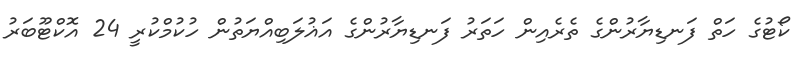
ކޯޓުގެ ހަތް ފަނޑިޔާރުންގެ ތެރެއިން ހަތަރު ފަނޑިޔާރުންގެ އަޣުލަބިއްޔަތުން ހުކުމްކުރީ 24 އޮކްޓޫބަރު